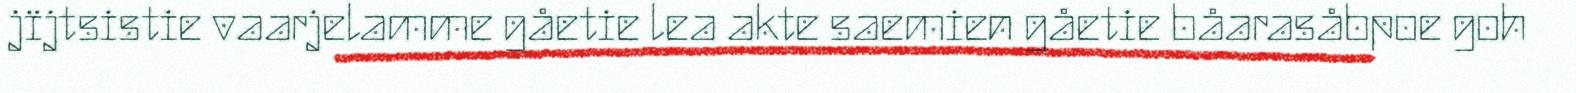
jïjtsistie vaarjelamme gåetie lea akte saemien gåetie båarasåbpoe goh